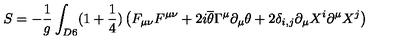
S = - \frac { 1 } { g } \int _ { D 6 } ( 1 + \frac { 1 } { 4 } ) \left( F _ { \mu \nu } F ^ { \mu \nu } + 2 i \overline { { \theta } } \Gamma ^ { \mu } \partial _ { \mu } \theta + 2 \delta _ { i , j } \partial _ { \mu } X ^ { i } \partial ^ { \mu } X ^ { j } \right)